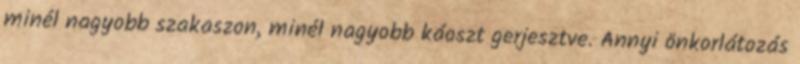
minél nagyobb szakaszon, minél nagyobb káoszt gerjesztve. Annyi önkorlátozás